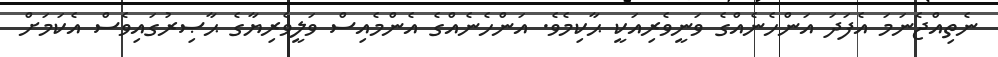
ނެތިއްޖެނަމަ އެފަދަ އަންހެނެއްގެ ވަނީވެރިއަކީ ޙާކިމެވެ. އަންހެނެއްގެ އެންމެއިސް ވަލީވެރިޔާގެ ޙާޞިރުގައިވެސް އެކަމަށް